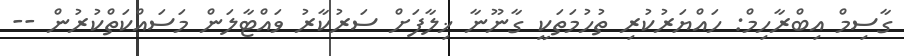
ގާސިމް އިބްރާހިމް: ހައްޔަރުކުރި ތުހުމަތަކީ ގާނޫނާ ޚިލާފަށް ސަރުކާރު ވައްޓާލަން މަސައްކަތްކުރުން --